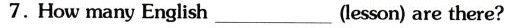
7.How many English_(lesson) are there?